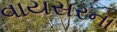
વાયસરના